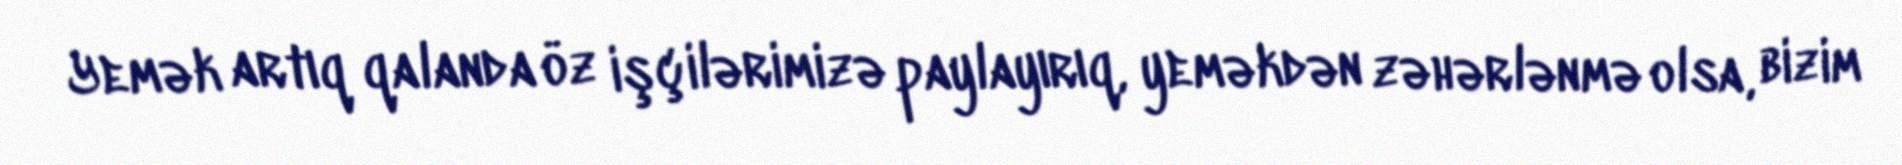
Yemək artıq qalanda öz işçilərimizə paylayırıq, yeməkdən zəhərlənmə olsa, bizim